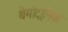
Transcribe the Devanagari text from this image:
थेमोट्रोनिक